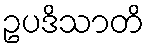
ဥပဒိသာတိ